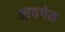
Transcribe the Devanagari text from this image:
आयगेन